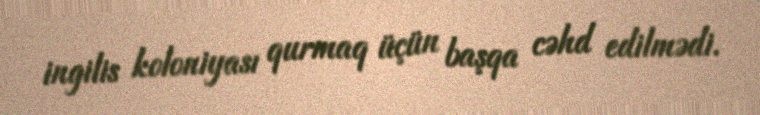
ingilis koloniyası qurmaq üçün başqa cəhd edilmədi.